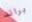
براند